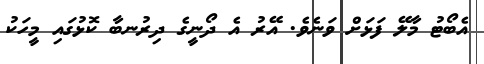
އެބޯޓު މާލޭ ފަޅަށް ވަނެވެ. އޭރު އެ ދޯނީގެ ދިރުނބާ ކޮޅުގައި މީހަކު